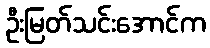
ဦးမြတ်သင်းအောင်က